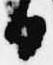
日